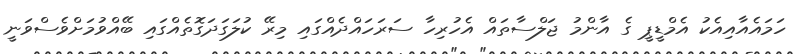
ހަމައެއާއިއެކު އެމްޑީޕީ ގެ އާންމު ޖަލްސާތައް އެހުރިހާ ސަރަހައްދެއްގައި މިރޭ ކުލަގަދަގޮތެއްގައި ބޭއްވުމަށްވެސްވަނީ